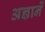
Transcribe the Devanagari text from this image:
अज्ञानें